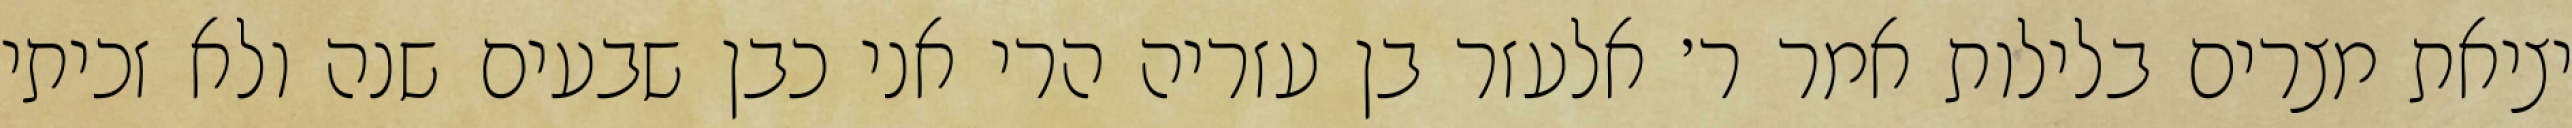
יציאת מצרים בלילות אמר ר׳ אלעזר בן עזריה הרי אני כבן שבעים שנה ולא זכיתי